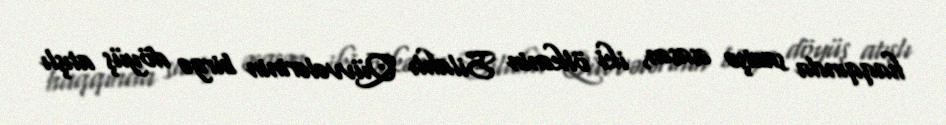
haqqında sazişə əsasən, iki ölkənin Silahlı Qüvvələrinin birgə döyüş atışlı